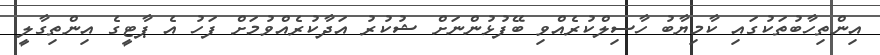
އިންތިހާބުތަކުގައި ކާމިޔާބު ހާސިލްކުރެއްވި ބޭފުޅުންނަށް ޝުކުރު އަދާކުރެއްވުމަށް ފަހު އެ ޕާޓީގެ އިންތިގާލީ